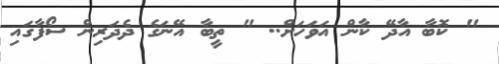
" ކޮބާ އާދޭ ކާން އަވަހަށް.. " ތީބާ އޭނަގެ ދެދަރިން ސޯފާގައި